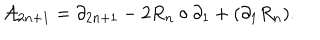
LaTeX: { \cal A } _ { 2 n + 1 } = \partial _ { 2 n + 1 } - 2 R _ { n } \circ \partial _ { 1 } + ( \partial _ { 1 } R _ { n } ) .